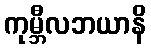
ကုမ္ဘီလဘယာနိ